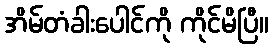
အိမ်တံခါးပေါင်ကို ကိုင်မိပြီ။